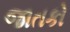
જાતકો